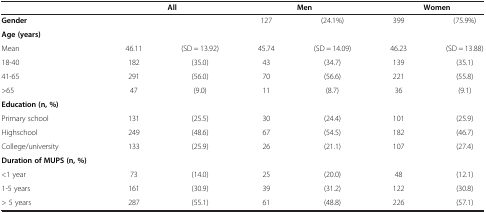
|  | <COLSPAN=2> All | <COLSPAN=2> Men | <COLSPAN=2> Women |
 | --- | --- | --- | --- | --- | --- | --- |
 | Gender |  |  | 127 | (24.1%) | 399 | (75.9%) |
 | Age (years) |  |  |  |  |  |  |
 | Mean | 46.11 | (SD = 13.92) | 45.74 | (SD = 14.09) | 46.23 | (SD = 13.88) |
 | 18-40 | 182 | (35.0) | 43 | (34.7) | 139 | (35.1) |
 | 41-65 | 291 | (56.0) | 70 | (56.6) | 221 | (55.8) |
 | >65 | 47 | (9.0) | 11 | (8.7) | 36 | (9.1) |
 | Education (n, %) |  |  |  |  |  |  |
 | Primary school | 131 | (25.5) | 30 | (24.4) | 101 | (25.9) |
 | Highschool | 249 | (48.6) | 67 | (54.5) | 182 | (46.7) |
 | College/university | 133 | (25.9) | 26 | (21.1) | 107 | (27.4) |
 | Duration of MUPS (n, %) |  |  |  |  |  |  |
 | <1 year | 73 | (14.0) | 25 | (20.0) | 48 | (12.1) |
 | 1-5 years | 161 | (30.9) | 39 | (31.2) | 122 | (30.8) |
 | > 5 years | 287 | (55.1) | 61 | (48.8) | 226 | (57.1) |